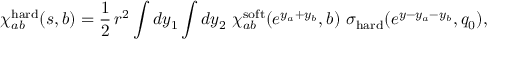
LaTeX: \chi _ { a b } ^ { \mathrm { h a r d } } ( s , b ) = \frac { 1 } { 2 } \, r ^ { 2 } \int d y _ { 1 } \int d y _ { 2 } \, \, \chi _ { a b } ^ { \mathrm { s o f t } } ( e ^ { y _ { a } + y _ { b } } , b ) \, \, \sigma _ { \mathrm { h a r d } } ( e ^ { y - y _ { a } - y _ { b } } , q _ { 0 } ) ,